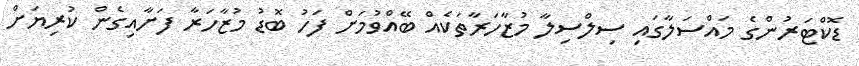
ޑޮކްޓަރުންގެ މައްސަލާގައި ސިލްސިލާ މުޒާހަރާތަކެއް ބޭއްވުމަށް ފަހު ބޮޑު މުޒާހަރާ ފަށާއިގެން ކުރިޔަށް